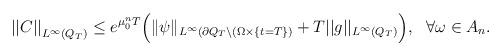
LaTeX: \begin{align*}{||C ||}_{L^{\infty }(Q_T)}\le e^{\mu^n_0T}\Big(\|\psi\|_{L^{\infty }(\partial Q_T\setminus(\Omega\times\{t=T\})}+T||g ||_{L^\infty(Q_T)}\Big),~~\forall\omega\in A_n.\end{align*}